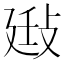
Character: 𢽄